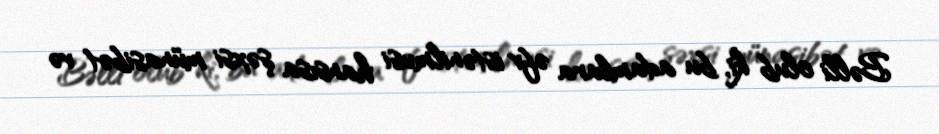
Bəlli olub ki, bu adamlara əfv istənilməsi hansısa şəxsi münasibət və